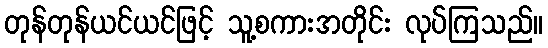
တုန်တုန်ယင်ယင်ဖြင့် သူ့စကားအတိုင်း လုပ်ကြသည်။